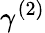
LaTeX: \gamma^{(2)}